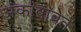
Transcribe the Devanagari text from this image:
अंकांबाबत